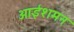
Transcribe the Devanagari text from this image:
आईशमन